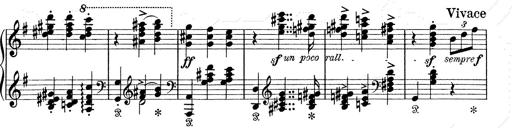
Title: 6 Polish Songs
Composer: Franz Liszt